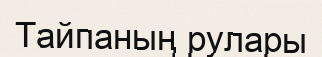
Тайпаның рулары